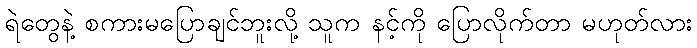
ရဲတွေနဲ့ စကားမပြောချင်ဘူးလို့ သူက နင့်ကို ပြောလိုက်တာ မဟုတ်လား